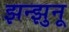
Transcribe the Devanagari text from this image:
झन्झुनू